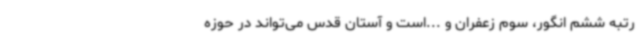
رتبه ششم انگور، سوم زعفران و ...است و آستان قدس می‌تواند در حوزه